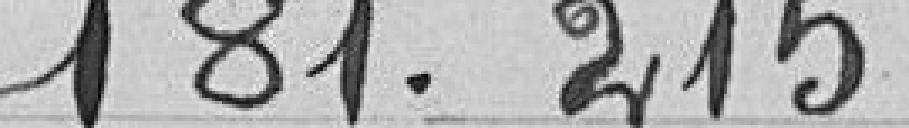
181.215 francs